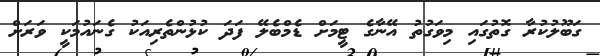
ގަބޫލުކުރާ ގޮތުގައި މިވަގުތު އޭނާގެ ޓީމަށް ޑެމްބެލޭ ފަދަ ކުޅުންތެރިއަކު ގެނައުމަކީ ވަރަށް